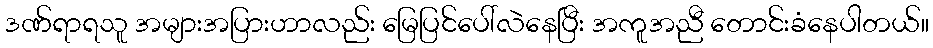
ဒဏ်ရာရသူ အများအပြားဟာလည်း မြေပြင်ပေါ်လဲနေပြီး အကူအညီ တောင်းခံနေပါတယ်။